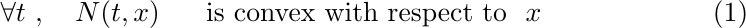
\begin{equation}
  \forall t\ ,\ \ \ N(t,x)\ \ \ \ \
  {\rm is\ convex\ with\  respect\  to}\ \ x
\end{equation}